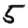
Digit: 5